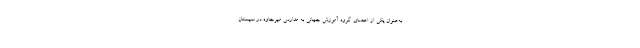
به‌عنوان یکی از اعضای گروه آموزش جهانی به مدارس میرجاوه در سیستان